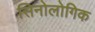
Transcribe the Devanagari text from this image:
सिनोलोगिक